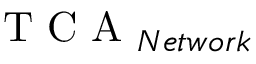
\mathrm { ~ T ~ C ~ A ~ } _ { N e t w o r k }